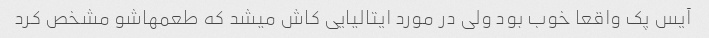
آیس پک واقعا خوب بود ولى در مورد ایتالیایى کاش میشد که طعمهاشو مشخص کرد